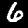
Digit: 6